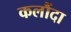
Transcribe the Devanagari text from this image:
कलौंदा